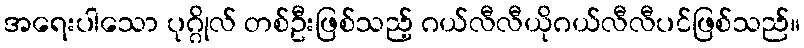
အရေးပါသော ပုဂ္ဂိုလ် တစ်ဦးဖြစ်သည့် ဂယ်လီလီယိုဂယ်လီလီပင်ဖြစ်သည်။